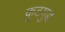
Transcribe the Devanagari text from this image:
कूटयुद्ध